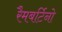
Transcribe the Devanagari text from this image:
रैमबर्टिनो